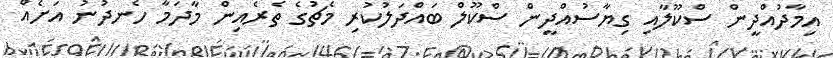
އިމާދުއްދީން ސްކޫލާއި ގިޔާސުއްދީން ސްކޫލް ބައްދަލުކުރި މެޗުގެ ތެރެއިން މާދަމާ ހެނދުނު އަށެއް